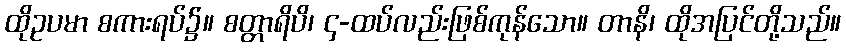
ထိုဥပမာ စကားရပ်၌။ စတ္တာရိပိ၊ ၄-ထပ်လည်းဖြစ်ကုန်သော။ တာနိ၊ ထိုအပြင်တို့သည်။